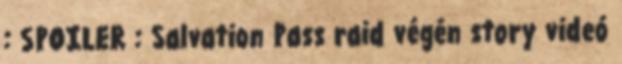
: SPOILER : Salvation Pass raid végén story videó